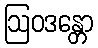
ဩဝဒန္တော